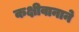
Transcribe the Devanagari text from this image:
कक्षीवानाने